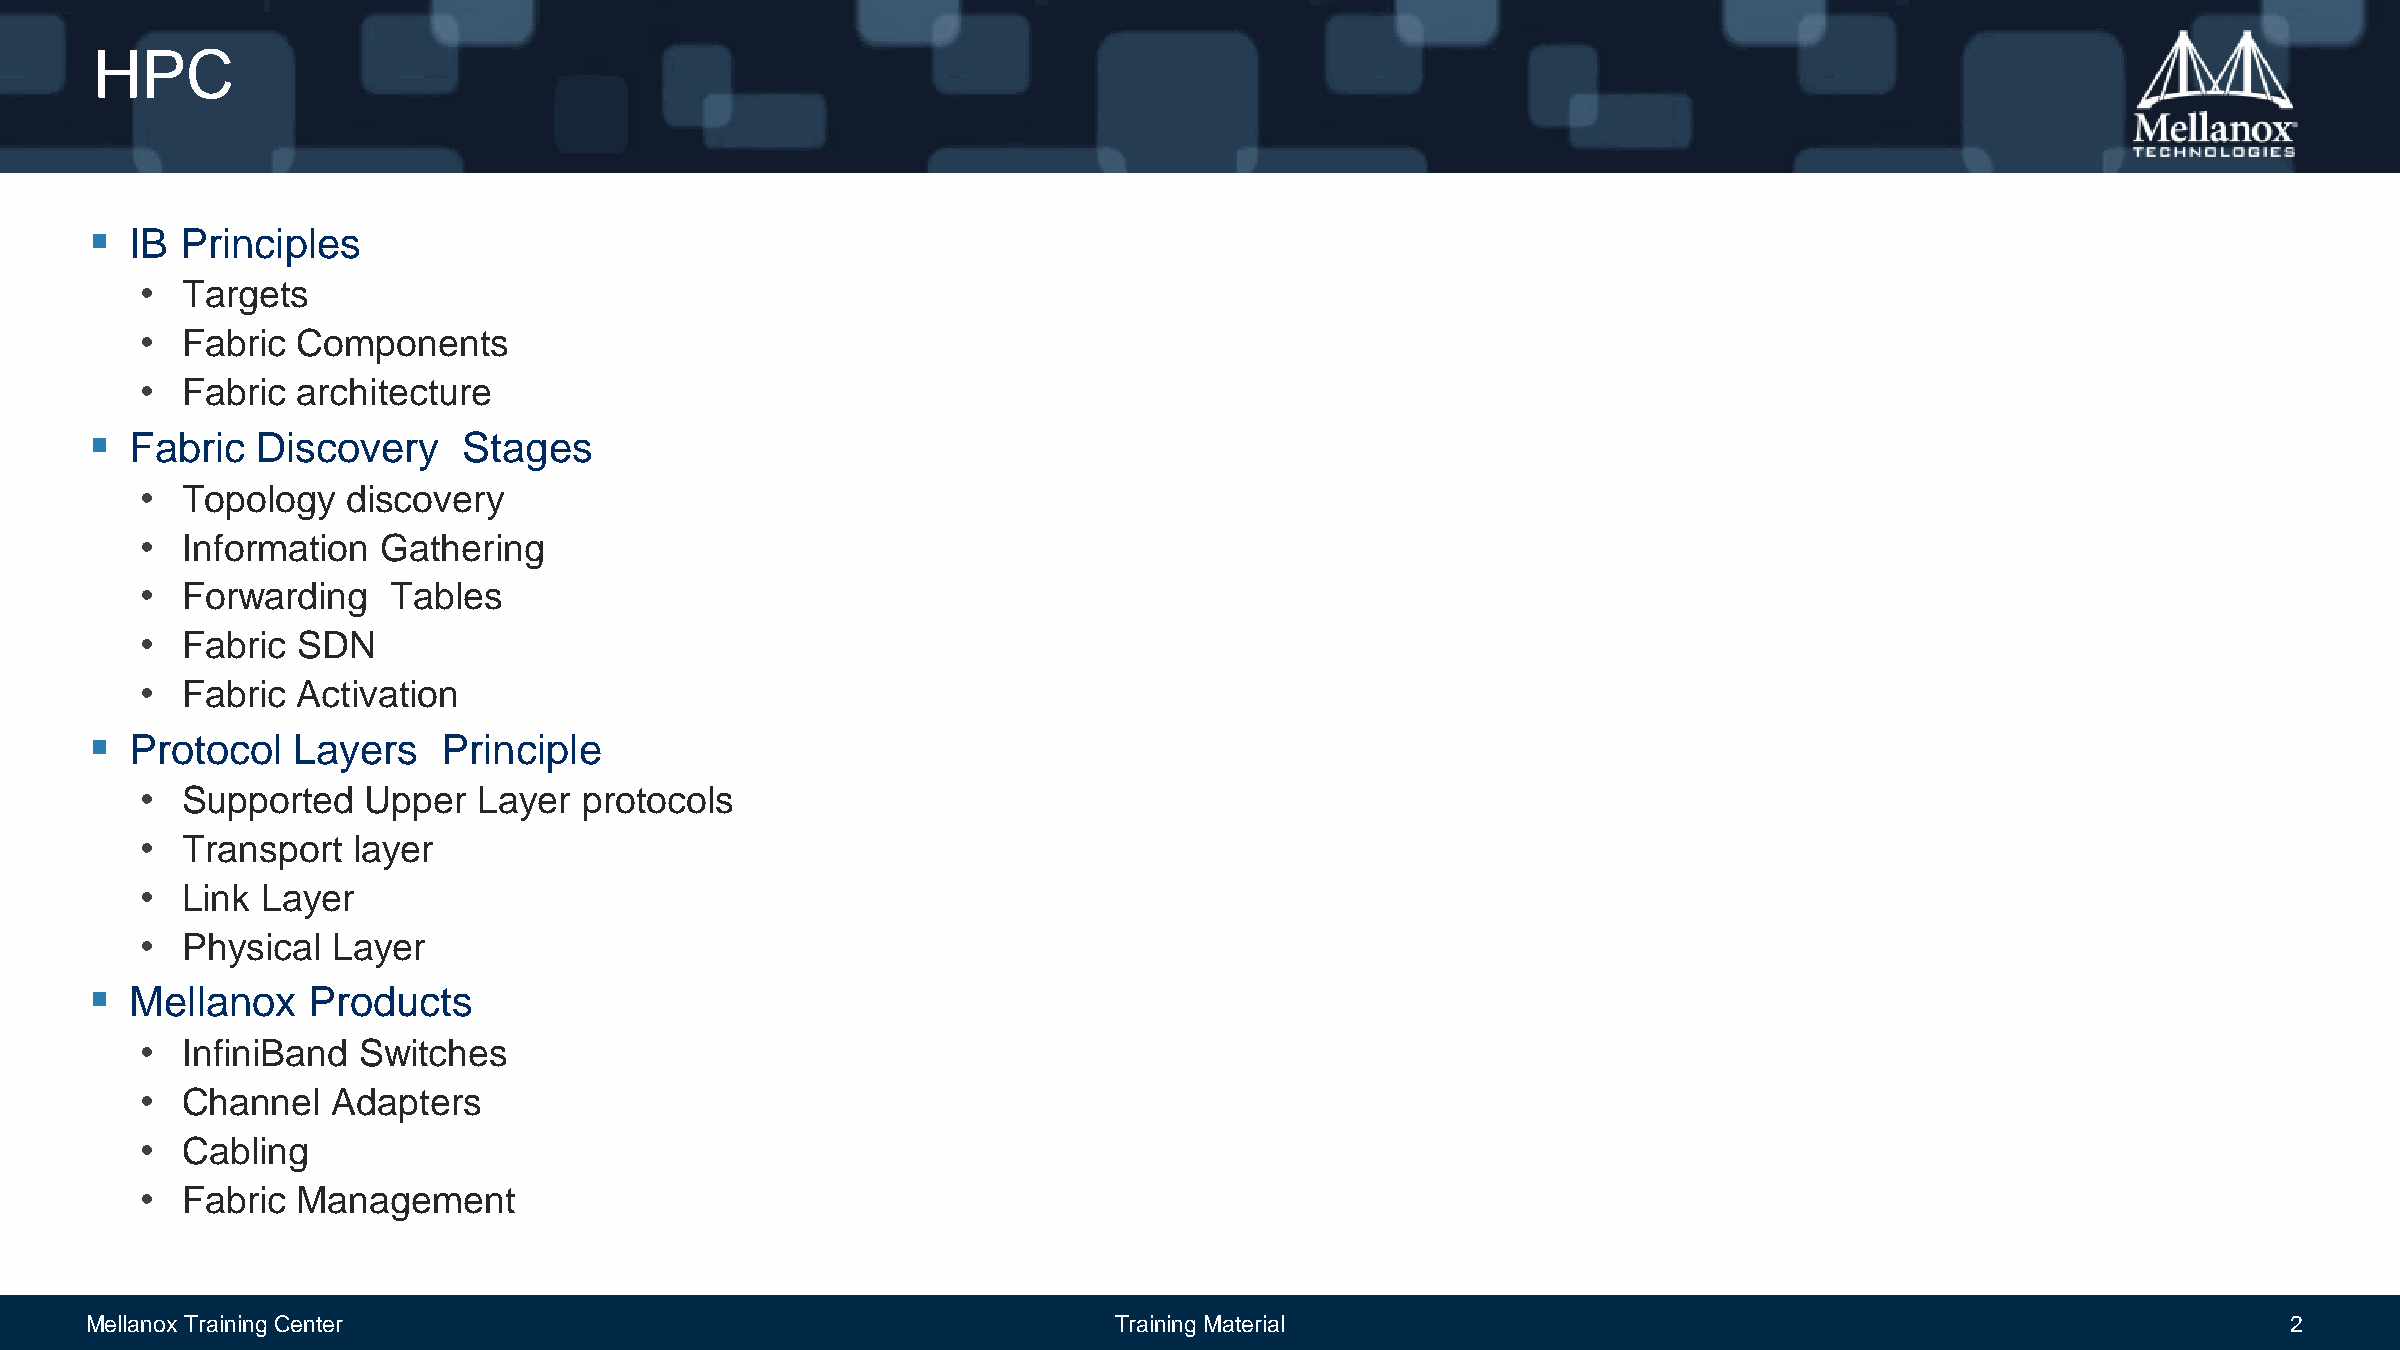
HPC
   IB Principles
 •  Targets
 •  Fabric  Components
 •  Fabric  architecture
   Fabric  Discovery     Stages
 •  Topology   discovery
 •  Information  Gathering
 •  Forwarding    Tables
 •  Fabric  SDN
 •  Fabric  Activation
   Protocol  Layers    Principle
 •  Supported   Upper   Layer  protocols
 •  Transport  layer
 •  Link Layer
 •  Physical  Layer
   Mellanox   Products
 •  InfiniBand  Switches
 •  Channel   Adapters
 •  Cabling
 •  Fabric  Management
 Mellanox Training Center                                            Training Material                                                             2